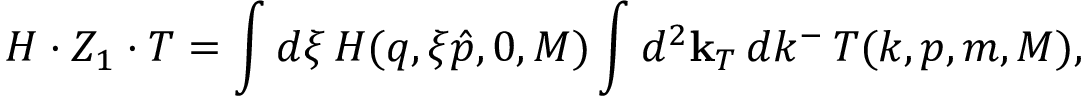
H \cdot Z _ { 1 } \cdot T = \int d \xi \, H ( q , \xi \hat { p } , 0 , M ) \int d ^ { 2 } { \bf k } _ { T } \, d k ^ { - } \, T ( k , p , m , M ) ,